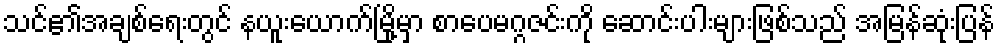
သင်၏အချစ်ရေးတွင် နယူးယောက်မြို့မှာ စာပေမဂ္ဂဇင်းကို ဆောင်းပါးများဖြစ်သည် အမြန်ဆုံးပြန်